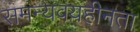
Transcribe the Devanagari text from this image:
समन्यवयहीनता